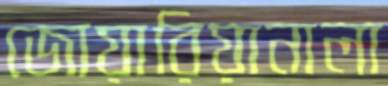
জোয়ারিয়ানালা